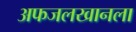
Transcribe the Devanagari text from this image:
अफजलखानला